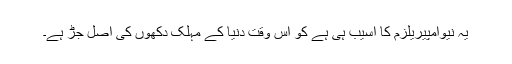
یہ نیوامپیریلزم کا آسیب ہی ہے کو اس وقت دنیا کے مہلک دکھوں کی اصل جڑ ہے۔